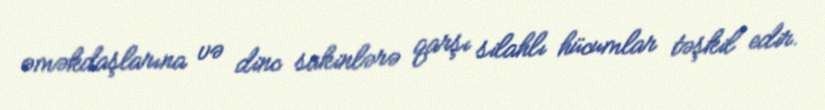
əməkdaşlarına və dinc sakinlərə qarşı silahlı hücumlar təşkil edir.